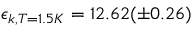
\epsilon _ { k , T = 1 . 5 K } = 1 2 . 6 2 ( \pm 0 . 2 6 )